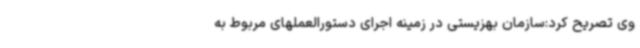
وی تصریح کرد:سازمان بهزیستی در زمینه اجرای دستورالعملهای مربوط به